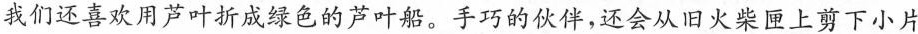
我们还喜欢用芦叶折成绿色的芦叶船。手巧的伙伴，还会从旧火柴匣上剪下小片